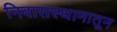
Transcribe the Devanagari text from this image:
निवासस्थानातून